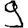
Digit: 9